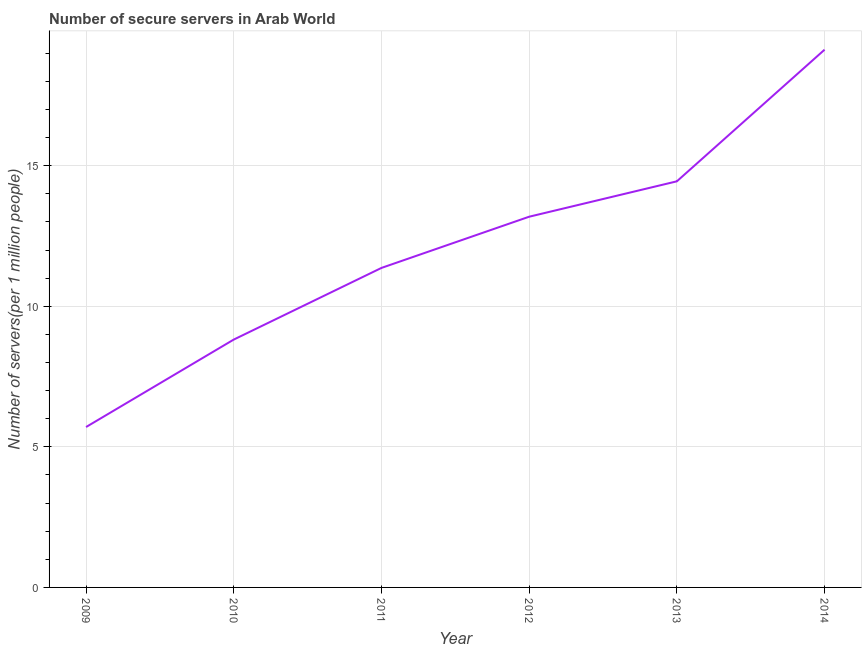
| Year | Secure Internet servers |
 | --- | --- |
 | 2009 | 5.71 |
 | 2010 | 8.82 |
 | 2011 | 11.4 |
 | 2012 | 13.2 |
 | 2013 | 14.4 |
 | 2014 | 19.1 |